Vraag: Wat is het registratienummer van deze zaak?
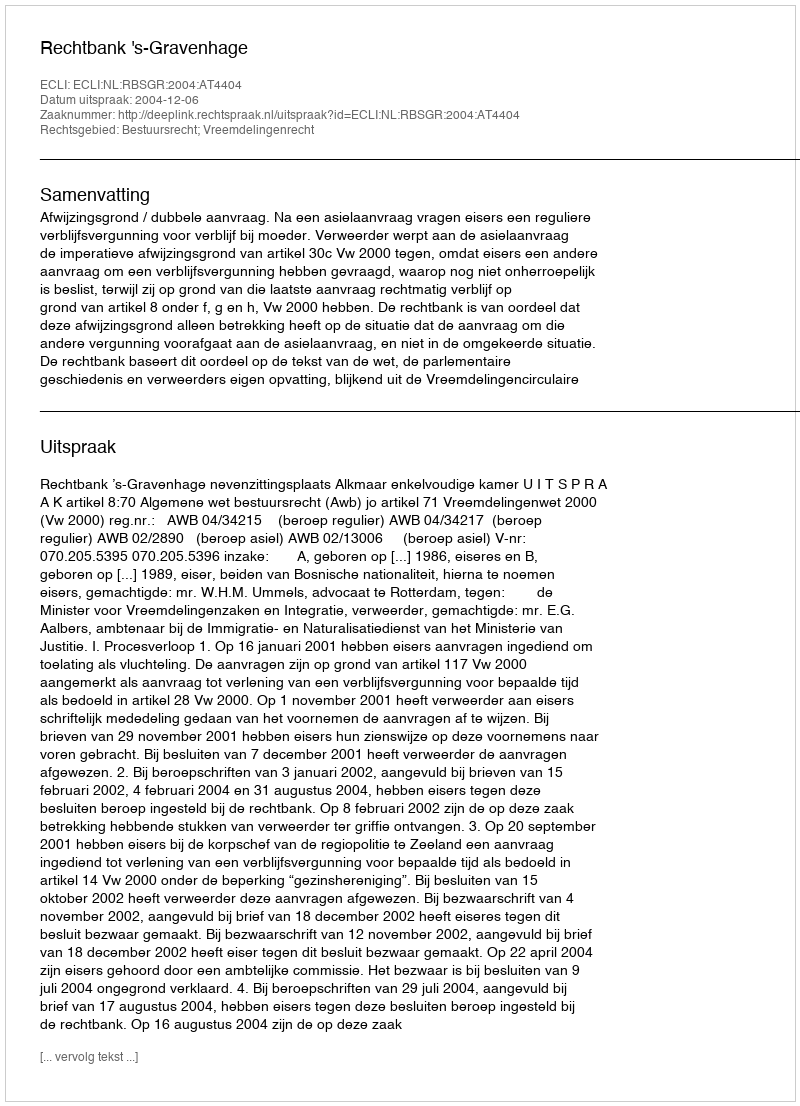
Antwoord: http://deeplink.rechtspraak.nl/uitspraak?id=ECLI:NL:RBSGR:2004:AT4404